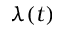
\lambda ( t )